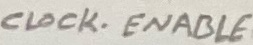
Text: CLOCK ENABLE